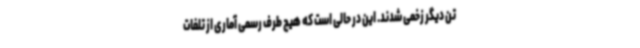
تن دیگر زخمی شدند. این در حالی است که هیچ طرف رسمی آماری از تلفات